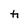
Character: h